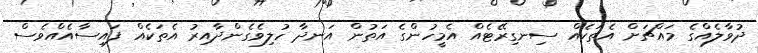
ދުވާލެއްގެ މައްޗަށް އެތަކެއް ސިނގިރޭޓެއް އެމީހުންގެ އަތުން އަނދާ ހުލިވެގެންދާއިރު އެތަކެއް ފައިސާއެއްވެސް